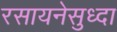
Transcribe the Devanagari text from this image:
रसायनेसुध्दा